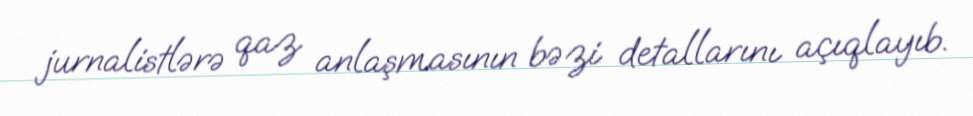
jurnalistlərə qaz anlaşmasının bəzi detallarını açıqlayıb.